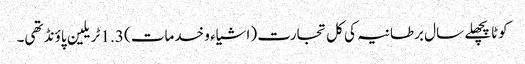
کوٹاپچھلے سال برطانیہ کی کل تجارت (اشیاء و خدمات) 1.3 ٹریلین پاؤنڈ تھی۔